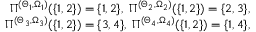
\begin{array} { r } { \Pi ^ { ( \Theta _ { 1 } , \Omega _ { 1 } ) } ( \{ 1 , 2 \} ) = \{ 1 , 2 \} , \; \Pi ^ { ( \Theta _ { 2 } , \Omega _ { 2 } ) } ( \{ 1 , 2 \} ) = \{ 2 , 3 \} , } \\ { \Pi ^ { ( \Theta _ { 3 } , \Omega _ { 3 } ) } ( \{ 1 , 2 \} ) = \{ 3 , 4 \} , \; \Pi ^ { ( \Theta _ { 4 } , \Omega _ { 4 } ) } ( \{ 1 , 2 \} ) = \{ 1 , 4 \} , } \end{array}